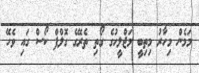
މަމެން މިހާރު މިތިބީ މަޖްލީހުގެ ގޯތި ތެރޭގެ ގޮލްފް ކޯސް ގައި ވެހޭ